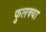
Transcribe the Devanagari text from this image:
फुलक्या